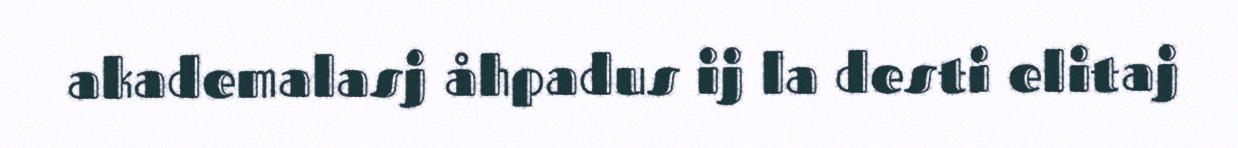
akademalasj åhpadus ij la desti elitaj